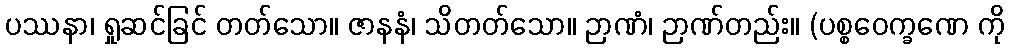
ပဿနာ၊ ရှုဆင်ခြင် တတ်သော။ ဇာနနံ၊ သိတတ်သော။ ဉာဏံ၊ ဉာဏ်တည်း။ (ပစ္စဝေက္ခဏေ ကို